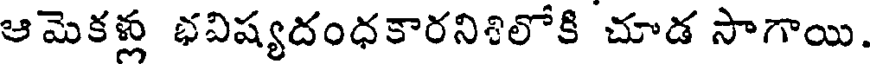
ఆమెకళ్లు భవిష్యదంధకారనిశిలోకి చూడ సాగాయి.